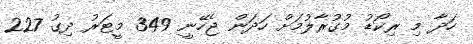
ހަދާ މި ރިކޯޑު މުގުރާލުމަށް ހަދަން ޖެހޭނީ 349 މީޓަރު ދިގު 227